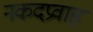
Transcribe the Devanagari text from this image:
नकदप्रवाह